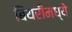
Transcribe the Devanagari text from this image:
बियरींमध्ये